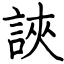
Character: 䛟